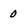
Character: 0